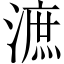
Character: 㵂